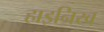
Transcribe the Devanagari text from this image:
हाइन्रिख